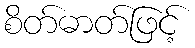
စိတ်ဓာတ်ဖြင့်